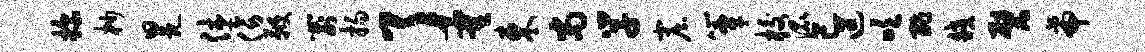
探杪冕休傍鞭箭扬了霍东尚学窟簟校混已迢吹酢皎甓帝